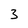
Character: 3